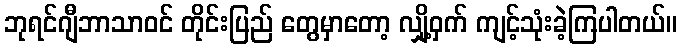
ဘုရင်ဂျီဘာသာဝင် တိုင်းပြည် တွေမှာတော့ လျှို့ဝှက် ကျင့်သုံးခဲ့ကြပါတယ်။